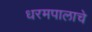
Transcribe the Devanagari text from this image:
धरमपालाचे